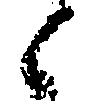
候